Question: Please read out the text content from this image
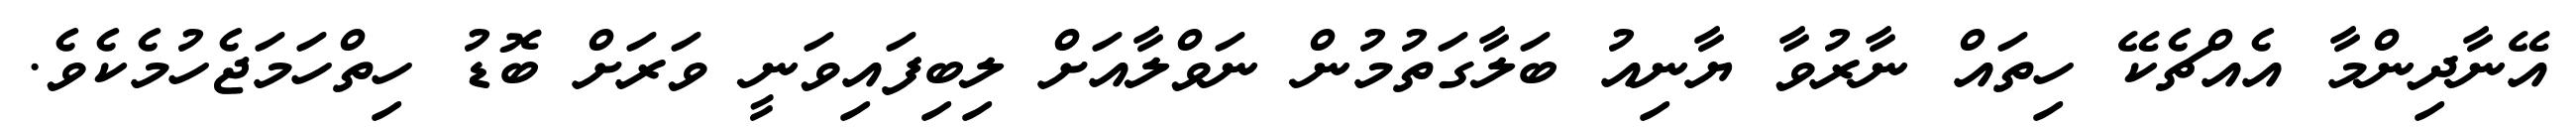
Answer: އޭނާދިންމާ އެއްޗެކޭ ހިތައް ނާރުވާ ޔާނިއު ބަލާގަތުމުން ނަވްލާއަށް ލިބިފައިވަނީ ވަރަށް ބޮޑު ހިތްހަމަޖެހުމެކެވެ.